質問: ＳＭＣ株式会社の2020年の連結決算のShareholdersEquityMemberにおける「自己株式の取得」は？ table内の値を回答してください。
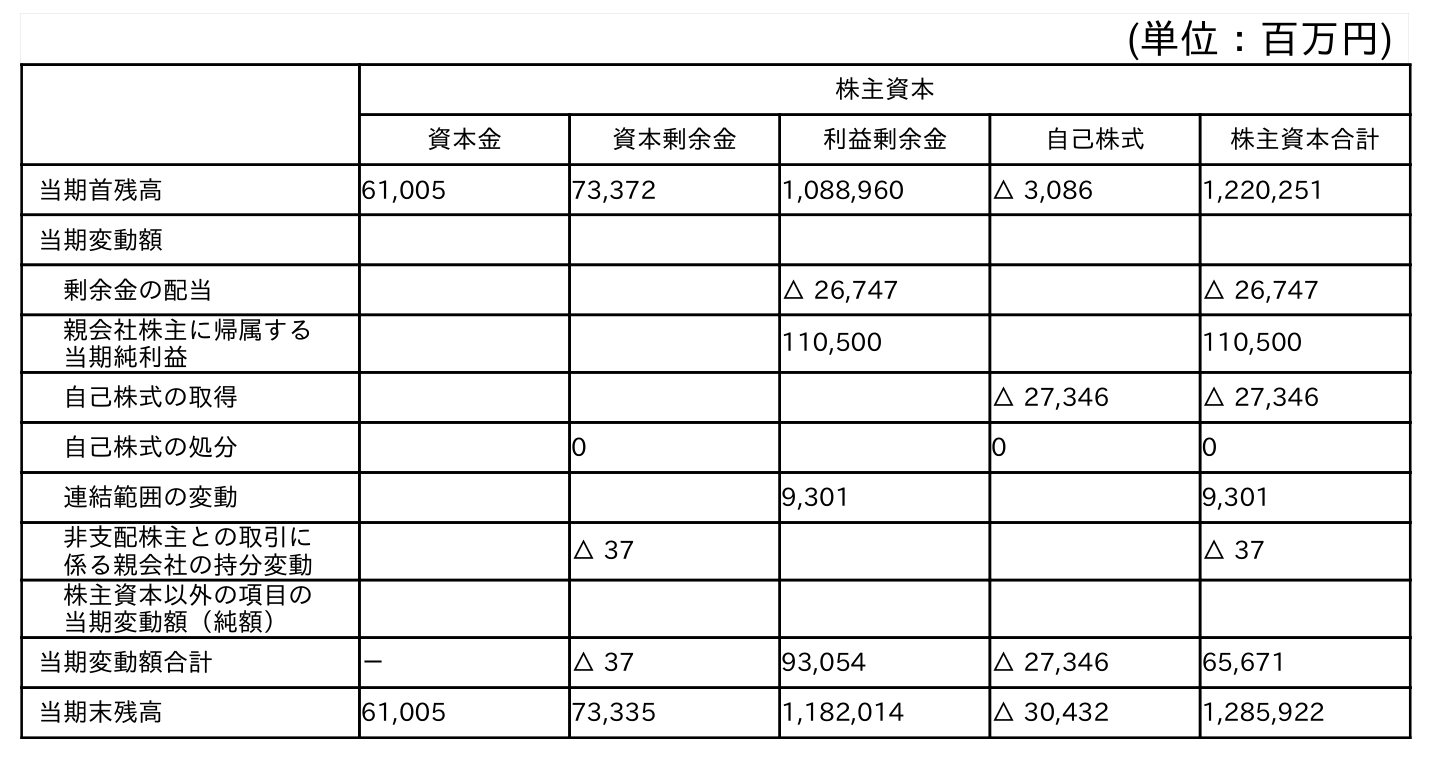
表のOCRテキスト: (単位：百万円) 株主資本 資本金 資本剰余金 利益剰余金 自己株式 株主資本合計 当期首残高 61,005 73,372 1,088,960 △ 3,086 1,220,251 当期変動額 剰余金の配当 △ 26,747 △ 26,747 親会社株主に帰属する 当期純利益 110,500 110,500 自己株式の取得 △ 27,346 △ 27,346 自己株式の処分 0 0 0 連結範囲の変動 9,301 9,301 非支配株主との取引に 係る親会社の持分変動 △ 37 △ 37 株主資本以外の項目の 当期変動額（純額） 当期変動額合計 － △ 37 93,054 △ 27,346 65,671 当期末残高 61,005 73,335 1,182,014 △ 30,432 1,285,922
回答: △27,346